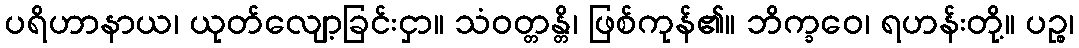
ပရိဟာနာယ၊ ယုတ်လျော့ခြင်းငှာ။ သံဝတ္တန္တိ၊ ဖြစ်ကုန်၏။ ဘိက္ခဝေ၊ ရဟန်းတို့။ ပဉ္စ၊